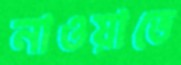
নাওয়াতে